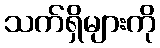
သက်ရှိများကို